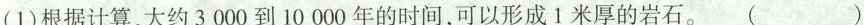
(1)根据计算，大约3000到10000年的时间，可以形成1米厚的岩石。 ()